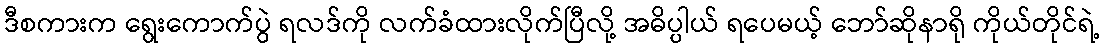
ဒီစကားက ရွေးကောက်ပွဲ ရလဒ်ကို လက်ခံထားလိုက်ပြီလို့ အဓိပ္ပါယ် ရပေမယ့် ဘော်ဆိုနာရို ကိုယ်တိုင်ရဲ့